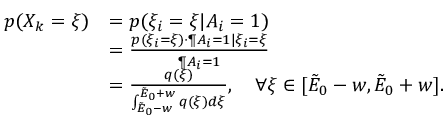
\begin{array} { r l } { p ( X _ { k } = \xi ) } & { = p ( \xi _ { i } = \xi | A _ { i } = 1 ) } \\ & { = \frac { p ( \xi _ { i } = \xi ) \cdot \P { A _ { i } = 1 | \xi _ { i } = \xi } } { \P { A _ { i } = 1 } } } \\ & { = \frac { q ( \xi ) } { \int _ { \tilde { E } _ { 0 } - w } ^ { \tilde { E } _ { 0 } + w } q ( \xi ) d \xi } , ~ ~ ~ \forall \xi \in [ \tilde { E } _ { 0 } - w , \tilde { E } _ { 0 } + w ] . } \end{array}